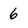
Character: 6